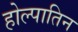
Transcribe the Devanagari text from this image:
होल्पातिन